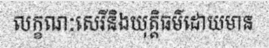
លក្ខណៈសេរីនិងយុត្តិធម៌ដោយមាន